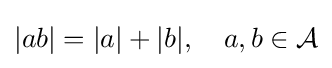
|ab|=|a|+|b|,\quad a,b\in {\mathcal {A}}